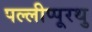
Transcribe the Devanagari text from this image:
पल्लीप्पूरथु